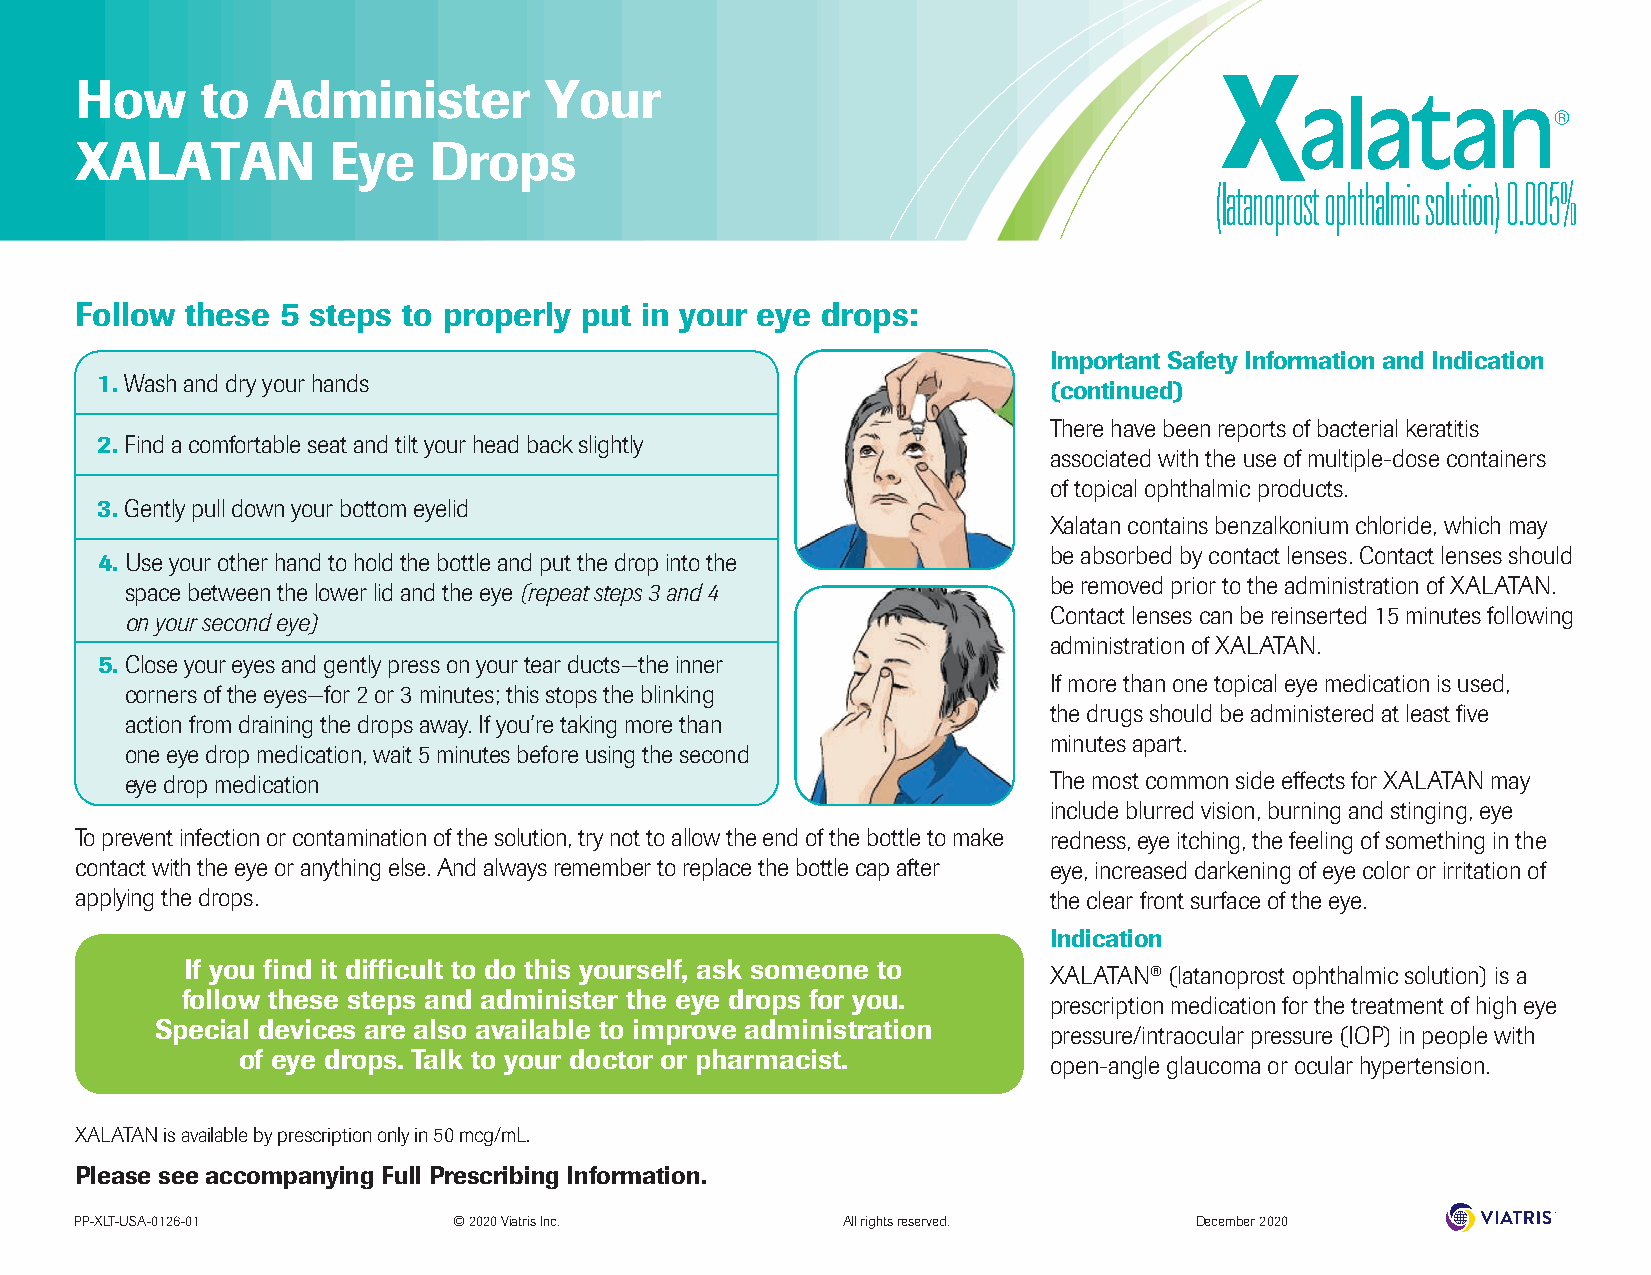
How     to  Administer         Your
 XALATAN          Eye   Drops
 Follow these  5 steps to properly put in your eye drops:
 Important Safety Information and Indication
 1. Wash and dry your hands
 (continued)
 There have been reports of bacterial keratitis
 2. Find a comfortable seat and tilt your head back slightly
 associated with the use of multiple-dose containers
 of topical ophthalmic products.
 3. Gently pull down your bottom eyelid
 Xalatan contains benzalkonium chloride, which may
 be absorbed by contact lenses. Contact lenses should
 4. Use your other hand to hold the bottle and put the drop into the
 be removed prior to the administration of XALATAN.
 space between the lower lid and the eye (repeat steps 3 and 4
 Contact lenses can be reinserted 15 minutes following
 on your second eye)
 administration of XALATAN.
 5. Close your eyes and gently press on your tear ducts—the inner
 If more than one topical eye medication is used,
 corners of the eyes—for 2 or 3 minutes; this stops the blinking
 the drugs should be administered at least five
 action from draining the drops away. If you’re taking more than
 minutes apart.
 one eye drop medication, wait 5 minutes before using the second
 eye drop medication                                          The most common side effects for XALATAN may
 include blurred vision, burning and stinging, eye
 To prevent infection or contamination of the solution, try not to allow the end of the bottle to make redness, eye itching, the feeling of something in the
 contact with the eye or anything else. And always remember to replace the bottle cap after eye, increased darkening of eye color or irritation of
 applying the drops.                                             the clear front surface of the eye.
 Indication
 If you find it difficult to do this yourself, ask someone to
 XALATAN® (latanoprost ophthalmic solution) is a
 follow these steps and administer the eye drops for you.
 prescription medication for the treatment of high eye
 Special devices are also available to improve administration
 pressure/intraocular pressure (IOP) in people with
 of eye drops. Talk to your doctor or pharmacist.
 open-angle glaucoma or ocular hypertension.
 XALATAN is available by prescription only in 50 mcg/mL.
 Please see accompanying Full Prescribing Information.
 PP-XLT-USA-0126-01       © 2020 Viatris Inc.       All rights reserved.   December 2020